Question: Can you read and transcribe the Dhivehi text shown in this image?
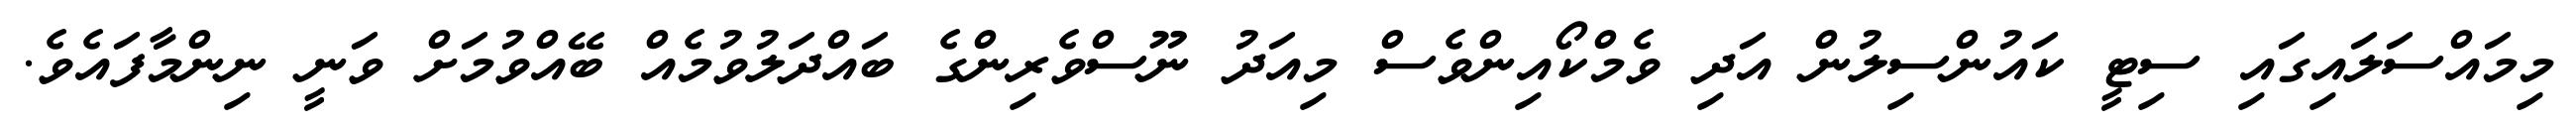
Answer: މިމައްސަލައިގައި ސިޓީ ކައުންސިލުން އަދި ވެމްކޯއިންވެސް މިއަދު ނޫސްވެރިންގެ ބައްދަލުވުމެއް ބޭއްވުމަށް ވަނީ ނިންމާފައެވެ.